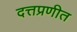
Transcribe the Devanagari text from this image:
दत्तप्रणीत